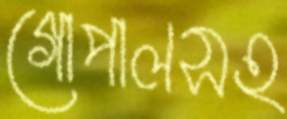
গোপালসহ